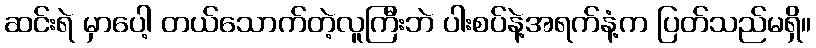
ဆင်းရဲ မှာပေါ့ တယ်သောက်တဲ့လူကြီးဘဲ ပါးစပ်နဲ့အရက်နံ့က ပြတ်သည်မရှိ။